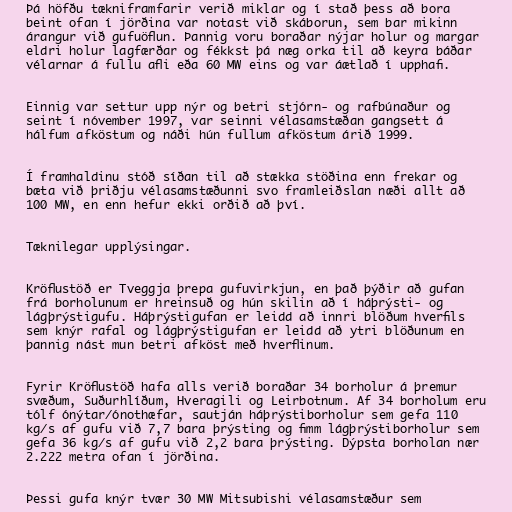
Þá höfðu tækniframfarir verið miklar og í stað þess að bora
beint ofan í jörðina var notast við skáborun, sem bar mikinn
árangur við gufuöflun. Þannig voru boraðar nýjar holur og margar
eldri holur lagfærðar og fékkst þá næg orka til að keyra báðar
vélarnar á fullu afli eða 60 MW eins og var áætlað í upphafi.

Einnig var settur upp nýr og betri stjórn- og rafbúnaður og
seint í nóvember 1997, var seinni vélasamstæðan gangsett á
hálfum afköstum og náði hún fullum afköstum árið 1999.

Í framhaldinu stóð síðan til að stækka stöðina enn frekar og
bæta við þriðju vélasamstæðunni svo framleiðslan næði allt að
100 MW, en enn hefur ekki orðið að því.

Tæknilegar upplýsingar.

Kröflustöð er Tveggja þrepa gufuvirkjun, en það þýðir að gufan
frá borholunum er hreinsuð og hún skilin að í háþrýsti- og
lágþrýstigufu. Háþrýstigufan er leidd að innri blöðum hverfils
sem knýr rafal og lágþrýstigufan er leidd að ytri blöðunum en
þannig nást mun betri afköst með hverflinum.

Fyrir Kröflustöð hafa alls verið boraðar 34 borholur á þremur
svæðum, Suðurhlíðum, Hveragili og Leirbotnum. Af 34 borholum eru
tólf ónýtar/ónothæfar, sautján háþrýstiborholur sem gefa 110
kg/s af gufu við 7,7 bara þrýsting og fimm lágþrýstiborholur sem
gefa 36 kg/s af gufu við 2,2 bara þrýsting. Dýpsta borholan nær
2.222 metra ofan í jörðina.

Þessi gufa knýr tvær 30 MW Mitsubishi vélasamstæður sem